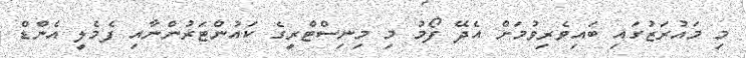
މި މައުރަޒުގައި ބައިވެރިވުމަށް އެދޭ ފޯމު މި މިނިސްޓްރީގެ ކައުންޓަރުންނާއި ފެމެލީ އެންޑް